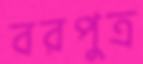
বরপুত্র